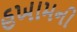
હખામની